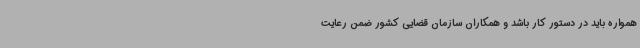
همواره باید در دستور کار باشد و همکاران سازمان قضایی کشور ضمن رعایت